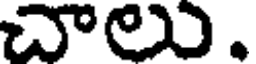
చాలు.